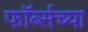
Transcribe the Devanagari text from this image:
फॉर्ब्सच्या